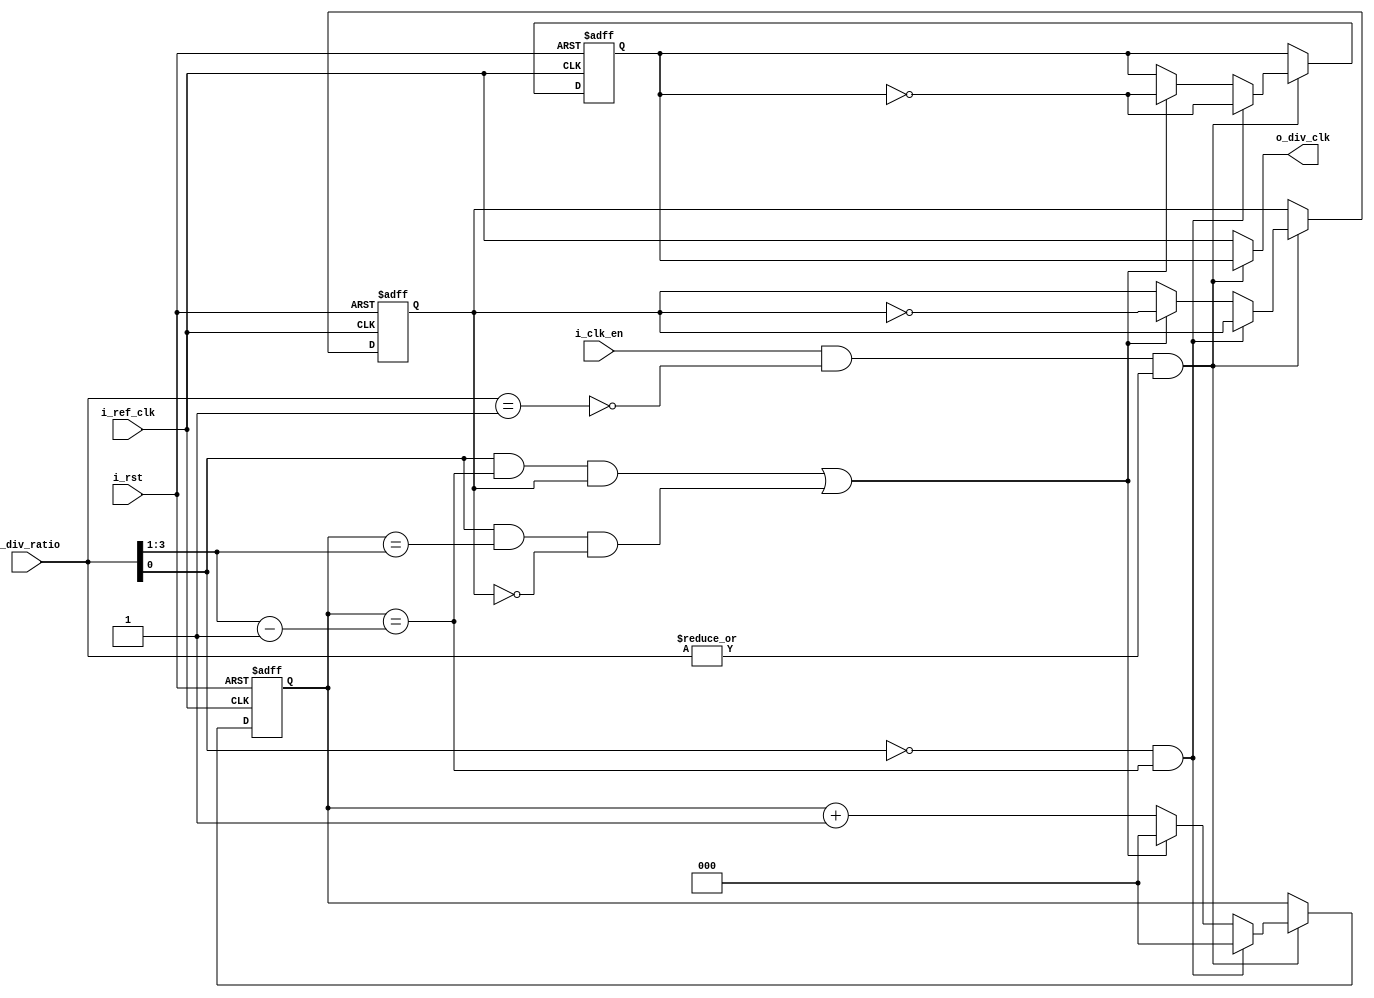
module CLOCK_DIVIDER_SYS #(parameter RATIO_WIDTH =4 )
  (
input       wire                     i_ref_clk,
input       wire                     i_rst,
input       wire                     i_clk_en,
input       wire  [RATIO_WIDTH-1:0]  i_div_ratio,

output      wire                      o_div_clk
);



reg  [RATIO_WIDTH-2 : 0]  count ;
wire [RATIO_WIDTH-2 :0]   edge_flip_half ;  
wire [RATIO_WIDTH-2 :0]   edge_flip_full ;                                                                        
reg                    div_clk ;
reg                    odd_edge_tog ;               
wire                   is_one ;
wire                   is_zero;
wire                   clk_en;
wire                   is_odd;



always @(posedge i_ref_clk or negedge i_rst)               // counter reset condition 
 begin : counter_proc
  if(!i_rst)
   begin
    count <= 0 ;
	div_clk <= 0 ;	
    odd_edge_tog <= 1 ;
   end
    else if(clk_en) 
     begin
      if(!is_odd && (count == edge_flip_half))              // even edge flip condition 
       begin
        count <= 0 ;                                        // reset counter
        div_clk <= ~div_clk ;                               // clock inversion		
       end
      else if((is_odd && (count == edge_flip_half) && odd_edge_tog ) || (is_odd && (count == edge_flip_full) && !odd_edge_tog ))  // odd edge flip condition
       begin  
        count <= 0 ;                                        // reset counter
        div_clk <= ~div_clk ;		                        // clock inversion
        odd_edge_tog <= ~odd_edge_tog ;                      
       end
    else
     count <= count + 1'b1 ;
   end
 end



assign is_odd = i_div_ratio[0] ;
assign edge_flip_half = ((i_div_ratio >> 1) - 1 ) ;
assign edge_flip_full = (i_div_ratio >> 1) ;

assign is_zero = ~|i_div_ratio ;                               // check if ratio equals to 0 
assign is_one  = (i_div_ratio == 1'b1) ;                       // check if ratio equals to 1 
assign clk_en = i_clk_en & !is_one & !is_zero;                 // Enable if div_ratio not equal to 0 or 1 and block is enabled
assign o_div_clk = clk_en ? div_clk : i_ref_clk ;              // if clock divider is disabled : generated clock is the reference clock


endmodule